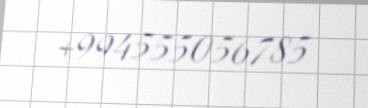
+994555056785